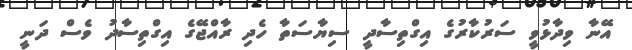
އޭނާ ވިދާޅުވީ ސަރުކާރުގެ އިގްތިސާދީ ސިޔާސަތާ ހެދި ރާއްޖޭގެ އިގްތިސާދު ވެސް ދަނީ